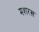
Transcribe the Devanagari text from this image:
मशरख़